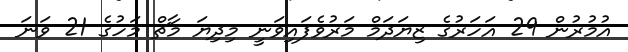
އުމުރުން 29 އަހަރުގެ ޒިޔަދަމް މަރުވެފައިވަނީ މިދިޔަ މާޗް މަހުގެ 21 ވަނަ